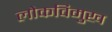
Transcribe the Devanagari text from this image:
लोकविमुख